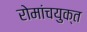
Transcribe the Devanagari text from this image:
रोमांचयुक्त